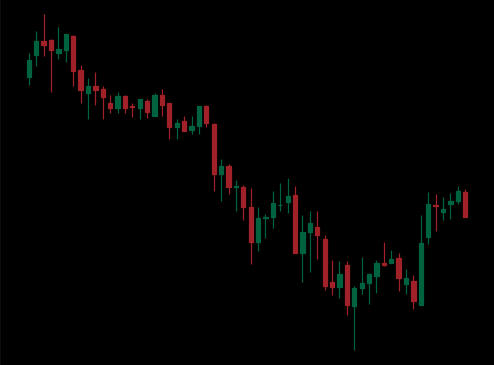
Pattern: bull_flag